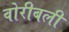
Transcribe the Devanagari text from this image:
वोरीबली